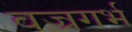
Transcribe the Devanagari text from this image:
वज्रगर्भ